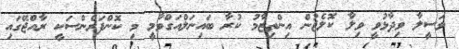
ވަސީލާ ވިދާޅުވީ ވިލާ ކޮލެޖުން އިންތިޒާމު ކުރާ ބައިނަލްއަގްވާމީ މި ކޮންފަރެންސަކީ ރާއްޖޭގައި